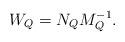
LaTeX: \begin{align*} W_Q = N_Q M_Q^{-1}. \end{align*}